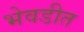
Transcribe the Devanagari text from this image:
भेवडीत